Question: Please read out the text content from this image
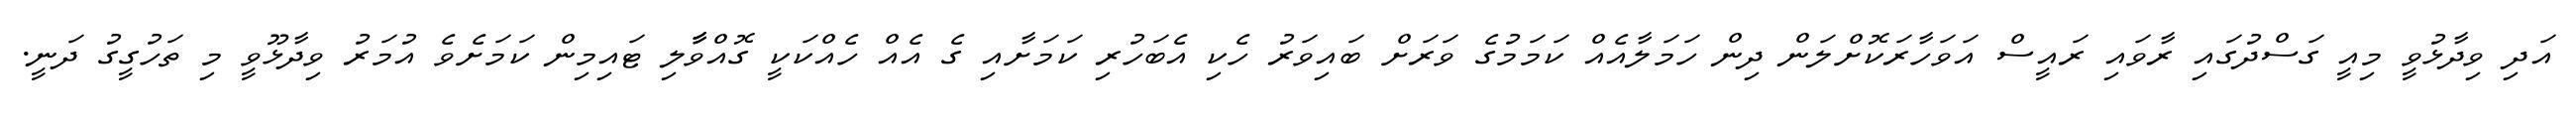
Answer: އަދި ވިދާޅުވީ މިއީ ގަސްދުގައި ރާވައި ރައީސް އަވަހާރަކޮށްލަން ދިން ހަމަލާއެއް ކަމަމުގެ ވަރަށް ބައިވަރު ހެކި އެބަހުރި ކަމަށާއި ގެ އެއް ހެއްކަކީ ގޮއްވާާލި ޓައިމިން ކަމަށެވެ އުމަރު ވިދާޅޫވީ މި ތަހުގީގު ދަނީ.